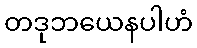
တဒုဘယေနပါဟံ